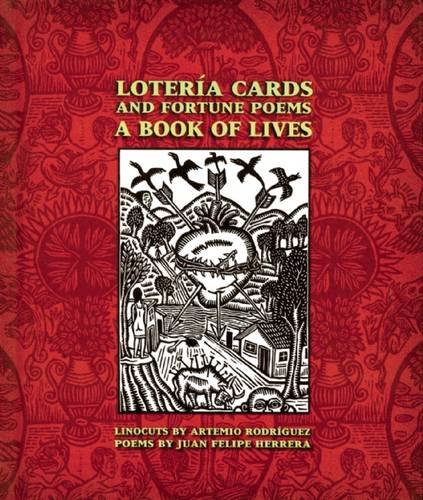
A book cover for LoterÃ­a Cards and Fortune Poems: A Book of Lives; Juan Felipe Herrera; Arts & Photography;